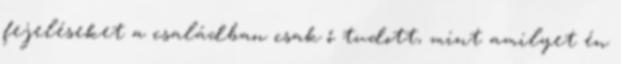
fejeléseket a családban csak ő tudott, mint amilyet én